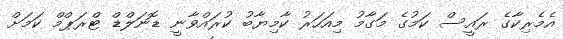
އެމެރިކާގެ ރައީސް ކަމުގެ މަގާމު މިއަހަރު ކާމިޔާބު ކުރައްވާނީ ޑޮނަލްޑް ޓްރަޕްމް ކަމަށް